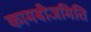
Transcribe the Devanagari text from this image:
कामबीजमिति